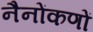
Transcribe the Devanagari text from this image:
नैनोंकणों